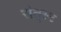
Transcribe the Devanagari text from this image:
संतृस्ट